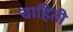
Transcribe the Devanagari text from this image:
चाहिती